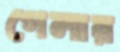
গেলায়